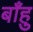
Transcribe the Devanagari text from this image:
बाँहु